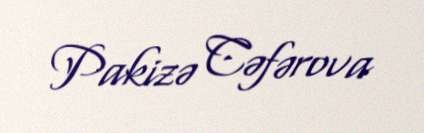
Pakizə Cəfərova